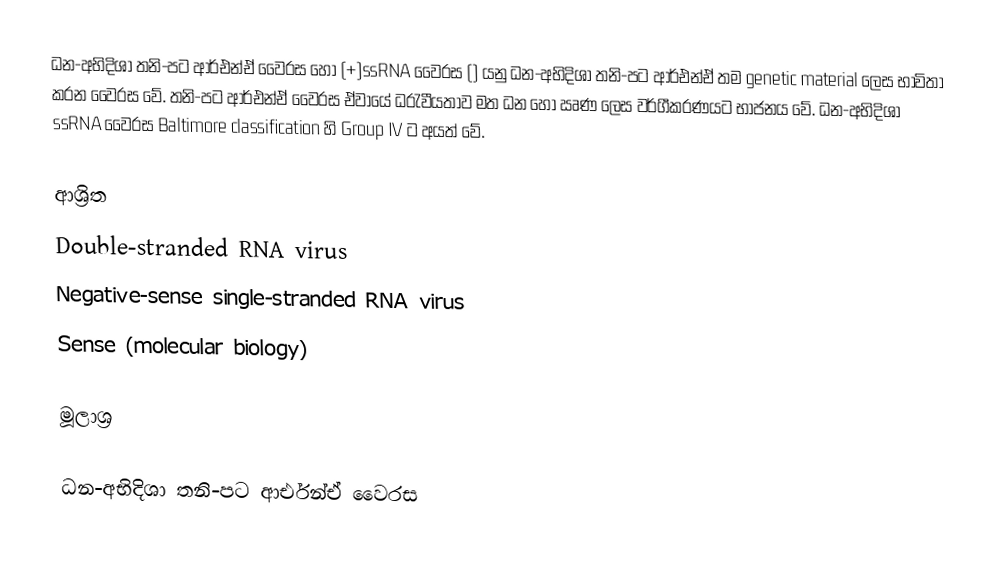
ධන-අභිදිශා තනි-පට ආර්එන්ඒ වෛරස හෝ (+)ssRNA වෛරස () යනු ධන-අභිදිශා තනි-පට ආර්එන්ඒ තම genetic material ලෙස භාවිතා කරන වෛරස වේ. තනි-පට ආර්එන්ඒ වෛරස ඒවායේ ධ‍්‍රැවීයතාව මත ධන හෝ ඍණ ලෙස වර්ගීකරණයට භාජනය වේ. ධන-අභිදිශා ssRNA වෛරස Baltimore classification හි Group IV ට අයත් වේ.

ආශ්‍රිත
 Double-stranded RNA virus
 Negative-sense single-stranded RNA virus
 Sense (molecular biology)

මූලාශ්‍ර

ධන-අභිදිශා තනි-පට ආර්එන්ඒ වෛරස